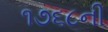
૧૭૬૮ની